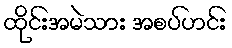
ထိုင်းအမဲသား အစပ်ဟင်း